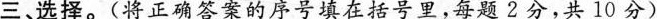
三、选择。( 将正确答案的序号填在括号里，每题2分，共10分 )